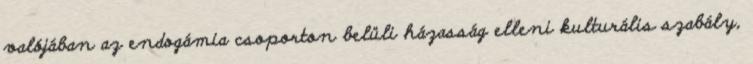
valójában az endogámia csoporton belüli házasság elleni kulturális szabály,